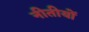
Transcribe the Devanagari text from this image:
नीतीयों